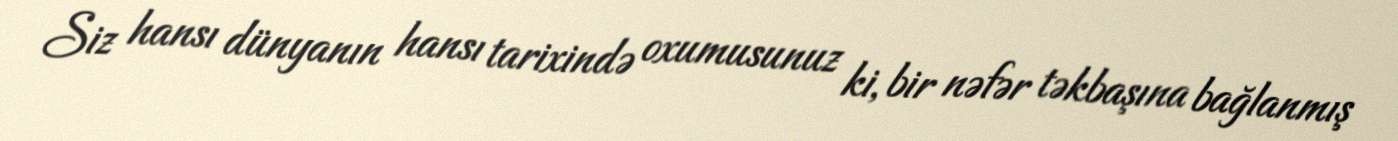
Siz hansı dünyanın hansı tarixində oxumusunuz ki, bir nəfər təkbaşına bağlanmış